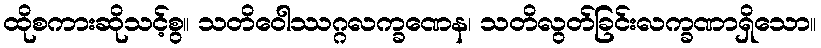
ထိုစကားဆိုသင့်စွ။ သတိဝေါဿဂ္ဂလက္ခဏေန၊ သတိလွတ်ခြင်းလက္ခဏာရှိသော။